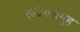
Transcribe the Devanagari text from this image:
इंद्रियसमूह